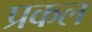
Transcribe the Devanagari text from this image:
प्रकल